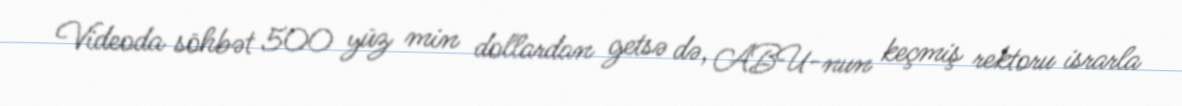
Videoda söhbət 500 yüz min dollardan getsə də, ABU-nun keçmiş rektoru israrla